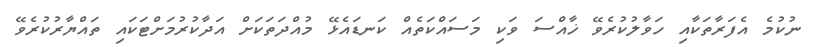
ނުކުމެ އެފަރާތަކާއި ހަވާލުކުރެވޭ ޚާއްސަ ވަކި މަސައްކަތެއް ކަނޑައެޅޭ މުއްދަތަކަށް އަދާކުރުމަށްޓަކައި ތައްޔާރުކުރެވޭ